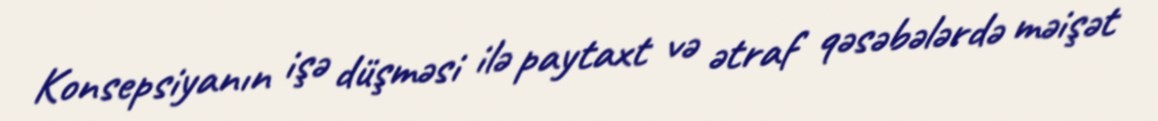
Konsepsiyanın işə düşməsi ilə paytaxt və ətraf qəsəbələrdə məişət